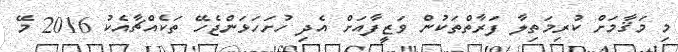
މި މަޤާމަށް ކުރިމަތިލާ ފަރާތްތަކުން ވަޒީފާއަށް އެދި ހުށަހަޅަންޖެހޭ ތަކެއްޗާއެކު 2016 މޭ